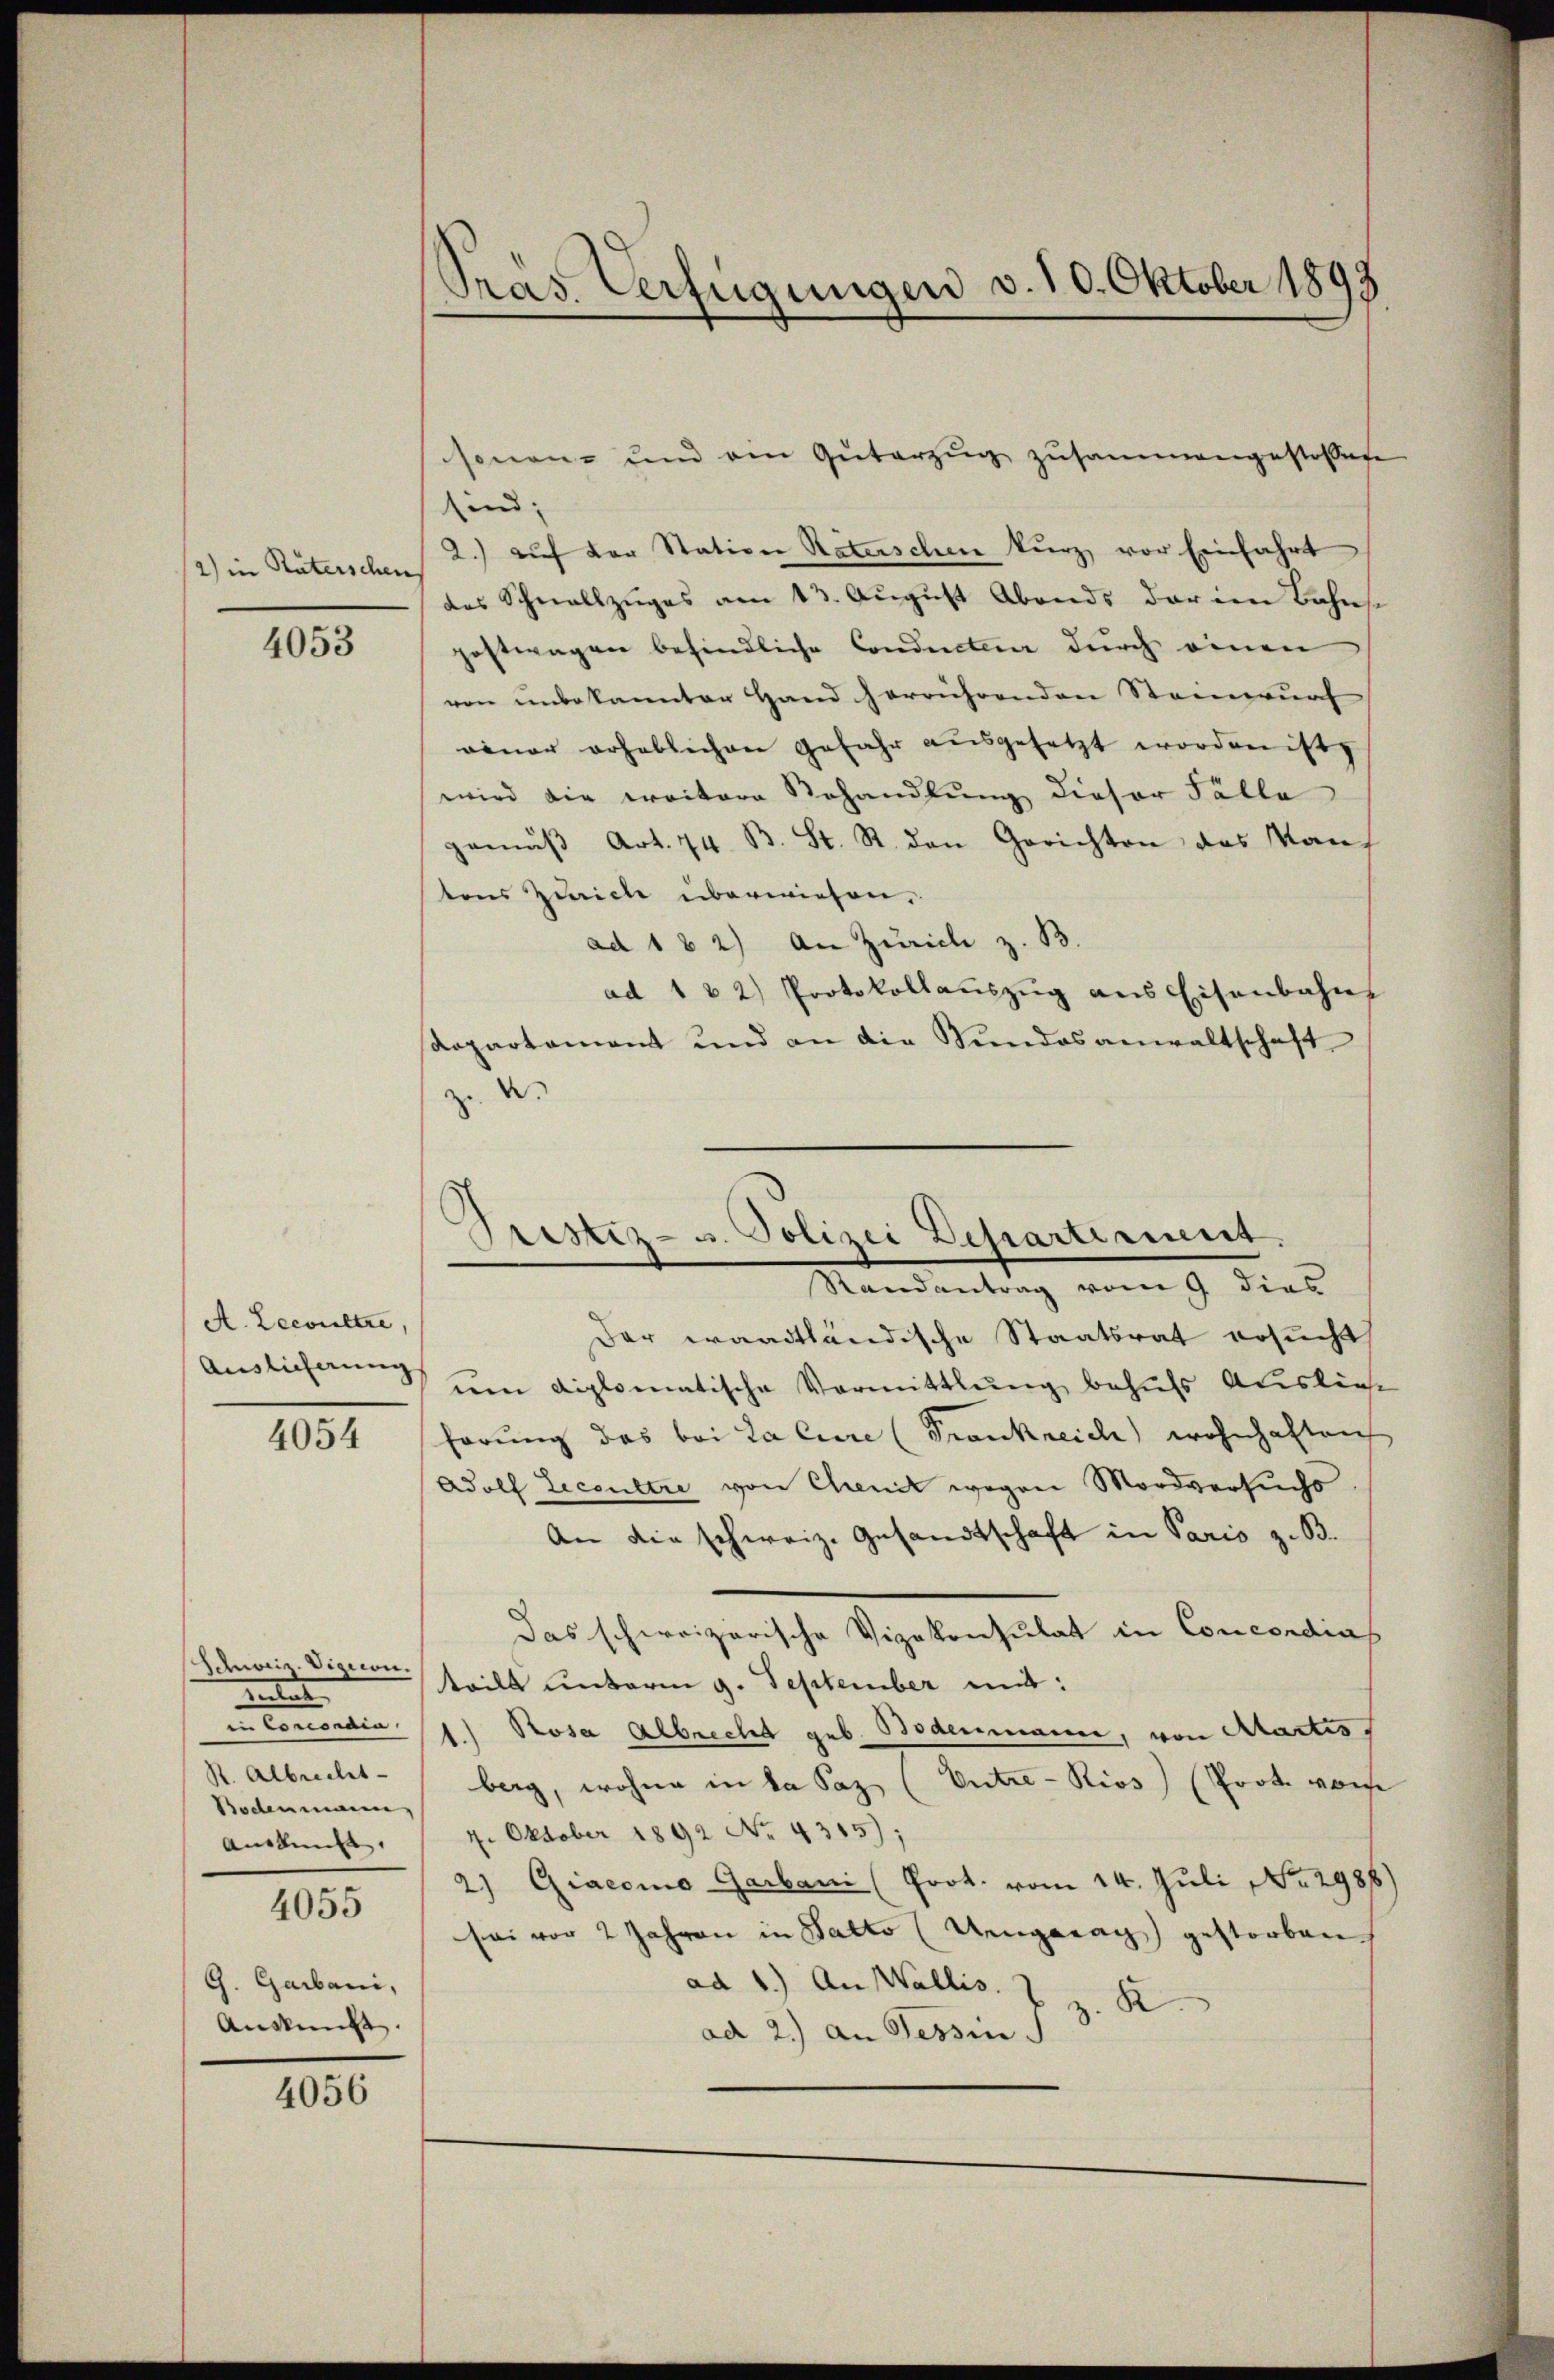
2) in Räterschen

4053

A. Zeevultre
4054

Schweiz. Vigion.
meter
in Concordia.
R. Albrecht-
Bodenmann,
Auskunft |
4055

G. Garbani,
Auskunft.

4056

sonen- und am Güterzŭg zŭsammengestoßene
sind;
2.) auf der Station Naterschen kurz vor Einfahrt
des Schnallzŭges am 13. Aŭgŭst Abends der in Bahns
postwagen befindliche Conducteur durch einen
von unbekannter Hand herrührenden Steinwurf
nener erheblichen Gefahr ausgesetzt worden ist,
wird die weitere Behandlung dieser Fälle
gemŭβ Art. 74. B. St. R. den Gerichten des Kauf
tons Zürich überwiesen,
ad 1 2) An Zürich z. B.
ad 122) Protokollaŭszŭg ans Eisenbahn
Repartament und an die Sindosanwaltschaft
ud.

Gras Verfügungen v. 10. Oktober 1893

Fristiz- u. Polizei Departient.
Standentrag vom 9 dies

Der waadtländische Staatsrat ersucht,
Auslicherung an diplomatische Vormittlung behufs Auslief
hörung das bei Lacere (Frankreich wohnhaften
Adolf Licentre von Chenit wegen Mordversuchs
An die schweiz. Gesandtschaft in Paris z. B.
Das schweizerische Vizekonsulat in Concordias
teilt unterm 9. September mit:
1.) Rosa Albrecht geb. Bodenmann, von Martis
berg, wohne in da Saz (Entre-Rios) (Prot. vorhe
4. Oktober 1892 No 4315);
2) Giacomo Garbani (Prot. vom 14. Juli No 2988)
sei vor 2 Jahren in Batto (Ungerag) gestorben
ad 1.) An Wallis. Z. z. B.
ad 2.) an Tessin